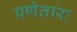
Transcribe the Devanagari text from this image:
प्रणेतारः